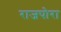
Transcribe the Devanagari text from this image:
राजपोरा